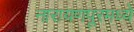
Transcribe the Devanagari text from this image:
नारायणपूरमध्ये